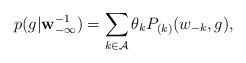
LaTeX: \begin{align*}p(g |\mathbf{w}_{-\infty}^{-1})=\sum_{k\in \mathcal {A}} \theta_kP_{(k)}(w_{-k},g),\end{align*}